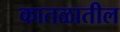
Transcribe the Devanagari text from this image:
कातळातील